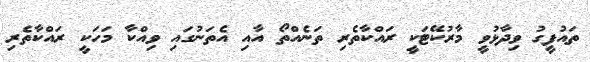
ތައުފީގު ވިދާޅުވީ މާރުކޭޓަކީ ރައްކާތެރި ތަނެއްތޯ އާއި އެތަނުގައި ވިއްކާ މަހަކީ ރައްކާތެރި